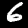
Digit: 6